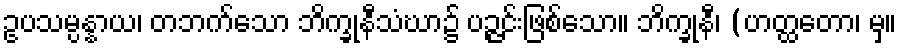
ဥပသမ္ပန္နာယ၊ တဘက်သော ဘိက္ခုနီသံဃာ၌ ပဉ္ဇင်းဖြစ်သော။ ဘိက္ခုနီ၊ (ဟတ္ထတော၊ မှ။